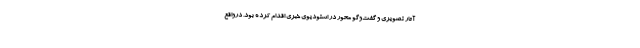
آثار تصویری و گفت‌وگو محور در استودیوی خبری اقدام کرده بود. درواقع